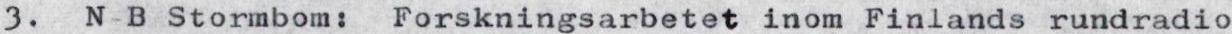
3. N-B Stormbom: Forskningsarbetet inom Finlands rundradio